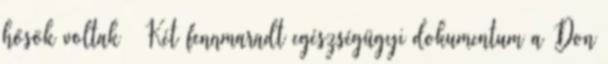
hősök voltak – Két fennmaradt egészségügyi dokumentum a Don